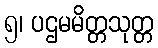
၅၊ ပဌမမိတ္တသုတ္တ